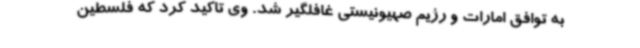
به توافق امارات و رژیم صهیونیستی غافلگیر شد. وی تاکید کرد که فلسطین